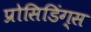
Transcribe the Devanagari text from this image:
प्रोसिडिंग्स